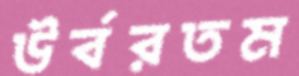
উর্বরতম